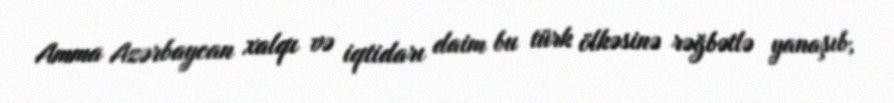
Amma Azərbaycan xalqı və iqtidarı daim bu türk ölkəsinə rəğbətlə yanaşıb,